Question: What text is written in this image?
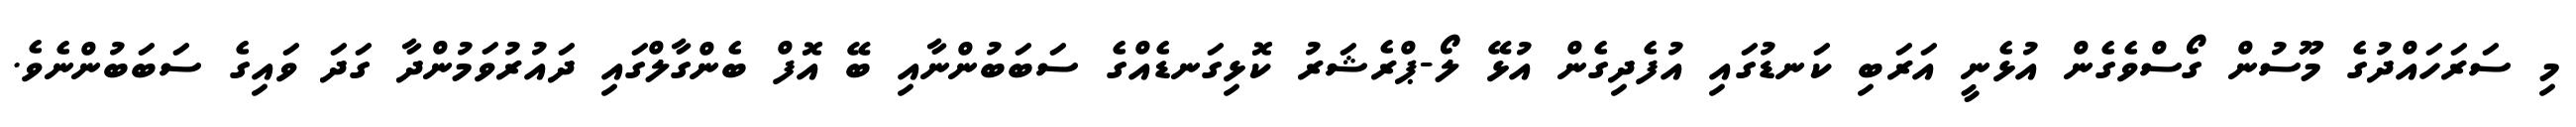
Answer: މި ސަރަހައްދުގެ މޫސުން ގޯސްވެގެން އުޅެނީ އަރަބި ކަނޑުގައި އުފެދިގެން އުޅޭ ލޯ-ޕްރެޝަރު ކޮޅިގަނޑެއްގެ ސަބަބުންނާއި ބޭ އޮފް ބެންގާލްގައި ދައުރުވަމުންދާ ގަދަ ވައިގެ ސަބަބުންނެވެ.